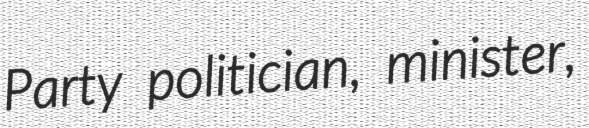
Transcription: Party politician, minister,